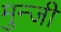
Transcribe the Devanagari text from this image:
मुन्जी